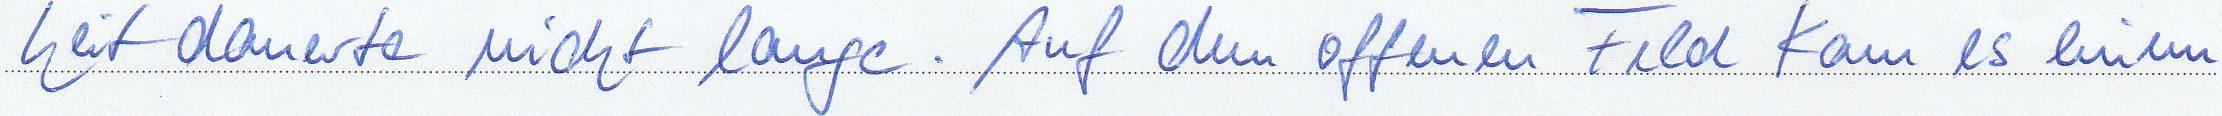
heit dauerte nicht lange. Auf den offenen Feld kam es einen